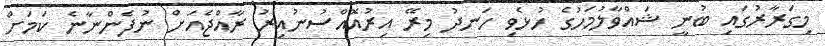
މިގަރާރުގައި ބުނީ ޝައްވާލުމަހުގެ ހުޅެވި ހަނދު މިރޭ އިރުއޮއްސުނުއިރު ރާއްޖެއަށް ނުފެންނާނެ ކަމަށް